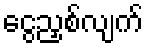
ငွေညှစ်လျက်